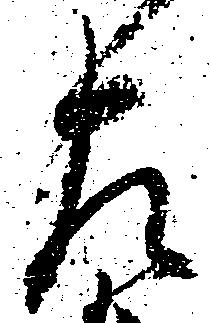
左